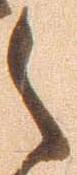
之